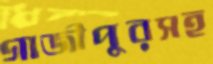
গাজীপুরসহ